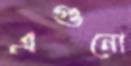
এগুনো